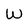
Character: W